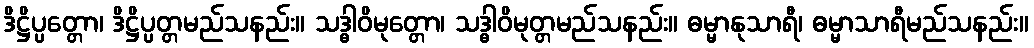
ဒိဋ္ဌိပ္ပတ္တော၊ ဒိဋ္ဌိပ္ပတ္တမည်သနည်း။ သဒ္ဓါဝိမုတ္တော၊ သဒ္ဓါဝိမုတ္တမည်သနည်း။ ဓမ္မာနုသာရီ၊ ဓမ္မာသာရီမည်သနည်း။